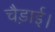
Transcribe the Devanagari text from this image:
चैड़ाई।